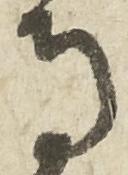
寺